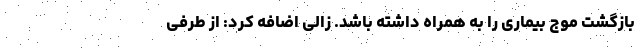
بازگشت موج بیماری را به همراه داشته باشد. زالی اضافه کرد: از طرفی